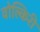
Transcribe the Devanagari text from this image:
वोल्किरी